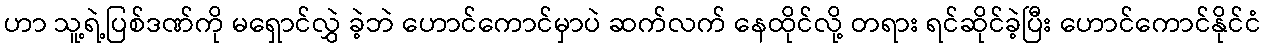
ဟာ သူ့ရဲ့ပြစ်ဒဏ်ကို မရှောင်လွှဲ ခဲ့ဘဲ ဟောင်ကောင်မှာပဲ ဆက်လက် နေထိုင်လို့ တရား ရင်ဆိုင်ခဲ့ပြီး ဟောင်ကောင်နိုင်ငံ